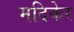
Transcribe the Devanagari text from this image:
मदिकेर